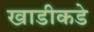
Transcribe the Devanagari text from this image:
खाडीकडे